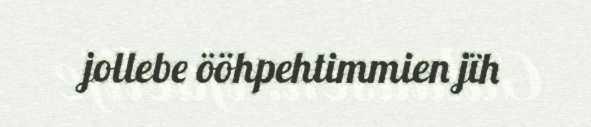
jollebe ööhpehtimmien jïh